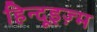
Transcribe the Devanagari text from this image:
हिन्दूइज़्म